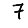
Digit: 7